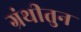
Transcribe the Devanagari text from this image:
ग्रंथीतुन